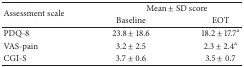
<table><thead><tr><td rowspan="2"><b>Assessment scale</b></td><td colspan="2"><b>Mean ± SD score</b></td></tr><tr><td><b>Baseline</b></td><td><b>EOT</b></td></tr></thead><tbody><tr><td>PDQ-8</td><td>23.8 ± 18.6</td><td>18.2 ± 17.7<sup>a</sup></td></tr><tr><td>VAS-pain</td><td>3.2 ± 2.5</td><td>2.3 ± 2.4<sup>a</sup></td></tr><tr><td>CGI-S</td><td>3.7 ± 0.6</td><td>3.5 ± 0.7</td></tr></tbody></table>